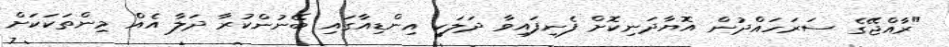
"ރާއްޖޭގެ ސަރަހައްދުން އޮޔާދަނިކޮށް ފެނިފައިވާ ދަލަކީ އިންޑިއާގައި ބޭނުންކުރާ ދަލާ އެއް މިންތަކަކަށް